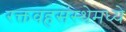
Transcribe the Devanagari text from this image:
रक्तवहसंस्थेमध्ये